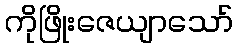
ကိုဖြိုးဇေယျာသော်